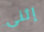
إثنى